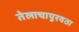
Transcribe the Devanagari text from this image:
तेलाचापुरवठा